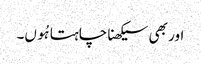
اور بھی سیکھنا چاہتا ہُوں۔